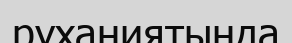
руханиятында